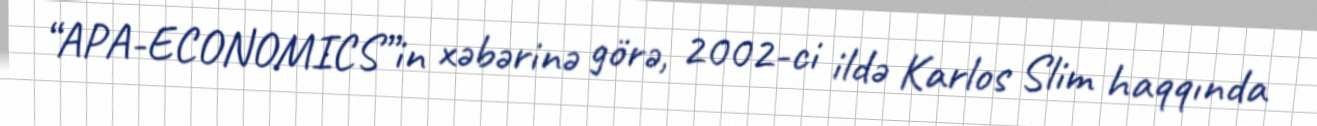
“APA-ECONOMICS”in xəbərinə görə, 2002-ci ildə Karlos Slim haqqında